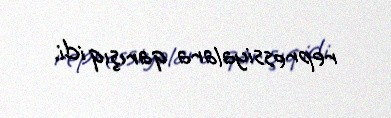
repressiyalara qarışıq idi.